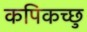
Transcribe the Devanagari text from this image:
कपिकच्छु